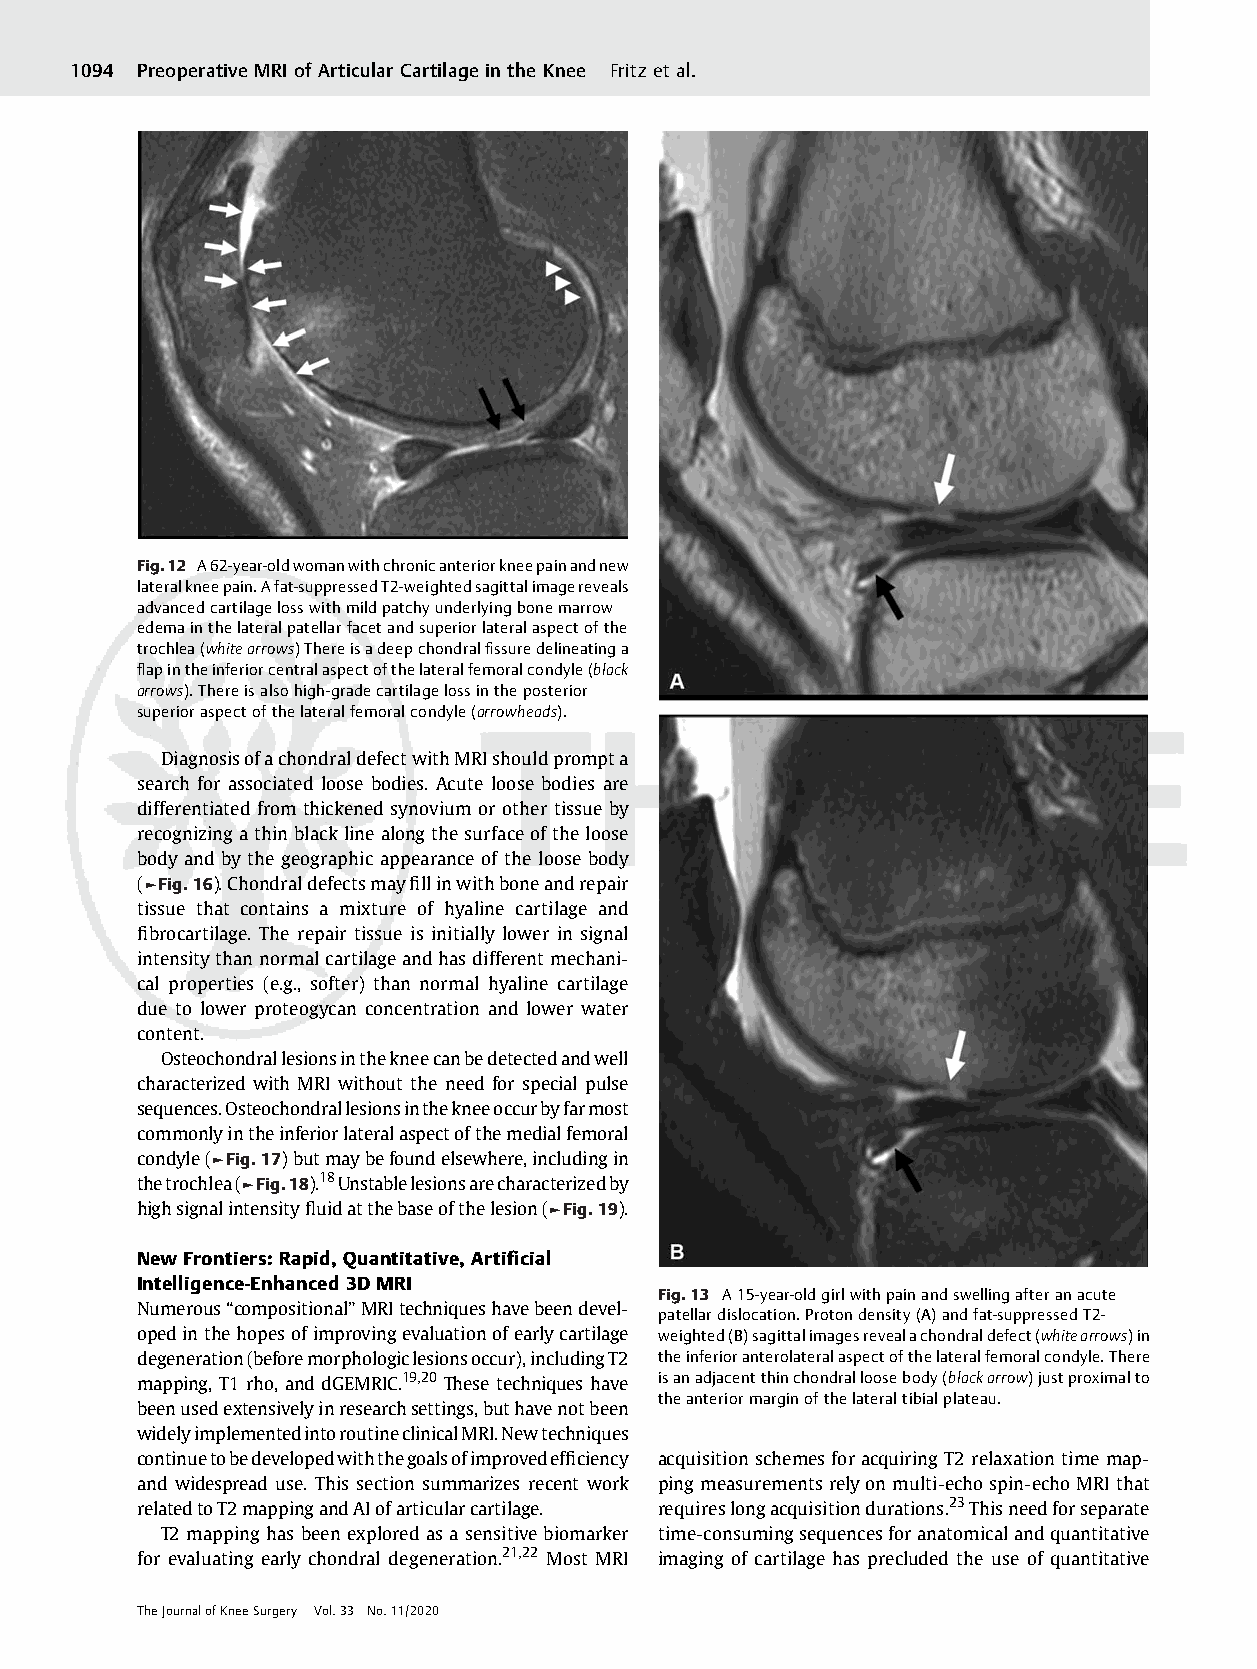
1094 Preoperative MRI of Articular Cartilage in the Knee Fritz et al.
 Fig.12 A62-year-oldwomanwithchronicanteriorkneepainandnew
 lateralkneepain.Afat-suppressedT2-weightedsagittalimagereveals
 advancedcartilagelosswithmildpatchyunderlyingbonemarrow
 edemainthelateralpatellarfacetandsuperiorlateralaspectofthe
 trochlea(whitearrows)Thereisadeepchondralfissuredelineatinga
 flapintheinferiorcentralaspectofthelateralfemoralcondyle(black
 arrows).Thereisalsohigh-gradecartilagelossintheposterior
 superioraspectofthelateralfemoralcondyle(arrowheads).
 DiagnosisofachondraldefectwithMRIshouldprompta
 search for associated loose bodies. Acute loose bodies are
 differentiated from thickened synovium or other tissueby
 recognizingathinblacklinealong thesurfaceof theloose
 body and by the geographic appearance of the loose body
 (►Fig.16).Chondraldefectsmayfillinwithboneandrepair
 tissue that contains a mixture of hyaline cartilage and
 fibrocartilage. The repair tissue is initially lower in signal
 intensitythannormalcartilageandhasdifferentmechani-
 cal properties (e.g., softer) than normal hyaline cartilage
 due to lower proteogycan concentration and lower water
 content.
 Osteochondrallesionsinthekneecanbedetectedandwell
 characterized with MRI without the need for special pulse
 sequences.Osteochondrallesionsinthekneeoccurbyfarmost
 commonlyintheinferiorlateralaspectofthemedialfemoral
 condyle(►Fig.17)butmaybefoundelsewhere,includingin
 thetrochlea(►Fig.18).18Unstablelesionsarecharacterizedby
 highsignalintensityfluidatthebaseofthelesion(►Fig.19).
 NewFrontiers:Rapid,Quantitative,Artificial
 Intelligence-Enhanced3DMRI
 Fig.13 A15-year-oldgirlwithpainandswellingafteranacute
 Numerous“compositional”MRItechniqueshavebeendevel-
 patellardislocation.Protondensity(A)andfat-suppressedT2-
 opedinthehopesof improvingevaluationofearlycartilage weighted(B)sagittalimagesrevealachondraldefect(whitearrows)in
 degeneration(beforemorphologiclesionsoccur),includingT2 theinferioranterolateralaspectofthelateralfemoralcondyle.There
 mapping, T1 rho, and dGEMRIC.19,20 These techniques have isanadjacentthinchondralloosebody(blackarrow)justproximalto
 theanteriormarginofthelateraltibialplateau.
 beenusedextensivelyinresearchsettings,buthavenotbeen
 widelyimplementedintoroutineclinicalMRI.Newtechniques
 continuetobedevelopedwiththegoalsofimprovedefficiency acquisition schemes foracquiring T2 relaxation time map-
 and widespread use. This section summarizes recent work pingmeasurementsrelyonmulti-echospin-echoMRIthat
 relatedtoT2mappingandAIofarticularcartilage. requireslongacquisitiondurations.23Thisneedforseparate
 T2 mapping has been explored as a sensitivebiomarker time-consumingsequencesforanatomicalandquantitative
 for evaluating early chondral degeneration.21,22 Most MRI imaging of cartilage has precluded the use of quantitative
 TheJournalofKneeSurgery Vol.33 No.11/2020